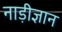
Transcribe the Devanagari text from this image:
नाड़ीज्ञान